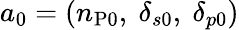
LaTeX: a_{0}=(n_{\mathrm{P}0},~\delta_{s0},~\delta_{p0})